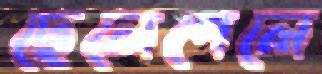
ছেলেপেলে